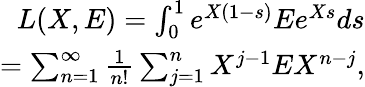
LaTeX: \begin{array}{r}{L(X,E)=\int_{0}^{1}{e^{X(1-s)}}Ee^{Xs}ds}\\ {=\sum_{n=1}^{\infty}\frac{1}{n!}\sum_{j=1}^{n}X^{j-1}EX^{n-j},}\end{array}